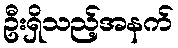
ဦးရှိသည့်အနက်